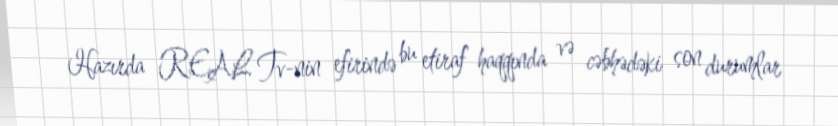
Hazırda REAL Tv-nin efirində bu etiraf haqqında və cəbhədəki son durumlar